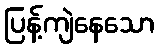
ပြန့်ကျဲနေသော